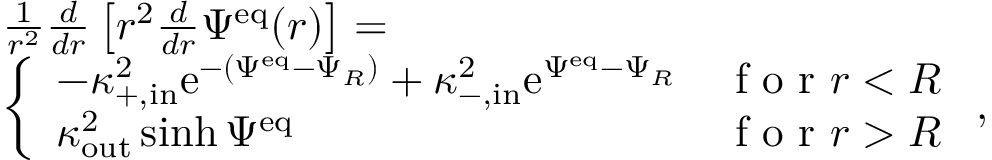
\begin{array} { r l } & { \frac { 1 } { r ^ { 2 } } \frac { d } { d r } \left[ r ^ { 2 } \frac { d } { d r } \Psi ^ { \mathrm { e q } } ( r ) \right] = } \\ & { \left\{ \begin{array} { l l } { - \kappa _ { + , \mathrm { i n } } ^ { 2 } \mathrm { e } ^ { - ( \Psi ^ { \mathrm { e q } } - \Psi _ { R } ) } + \kappa _ { - , \mathrm { i n } } ^ { 2 } \mathrm { e } ^ { \Psi ^ { \mathrm { e q } } - \Psi _ { R } } } & { \textrm { f o r } r < R } \\ { \kappa _ { \mathrm { o u t } } ^ { 2 } \sinh \Psi ^ { \mathrm { e q } } } & { \textrm { f o r } r > R } \end{array} \right. , } \end{array}